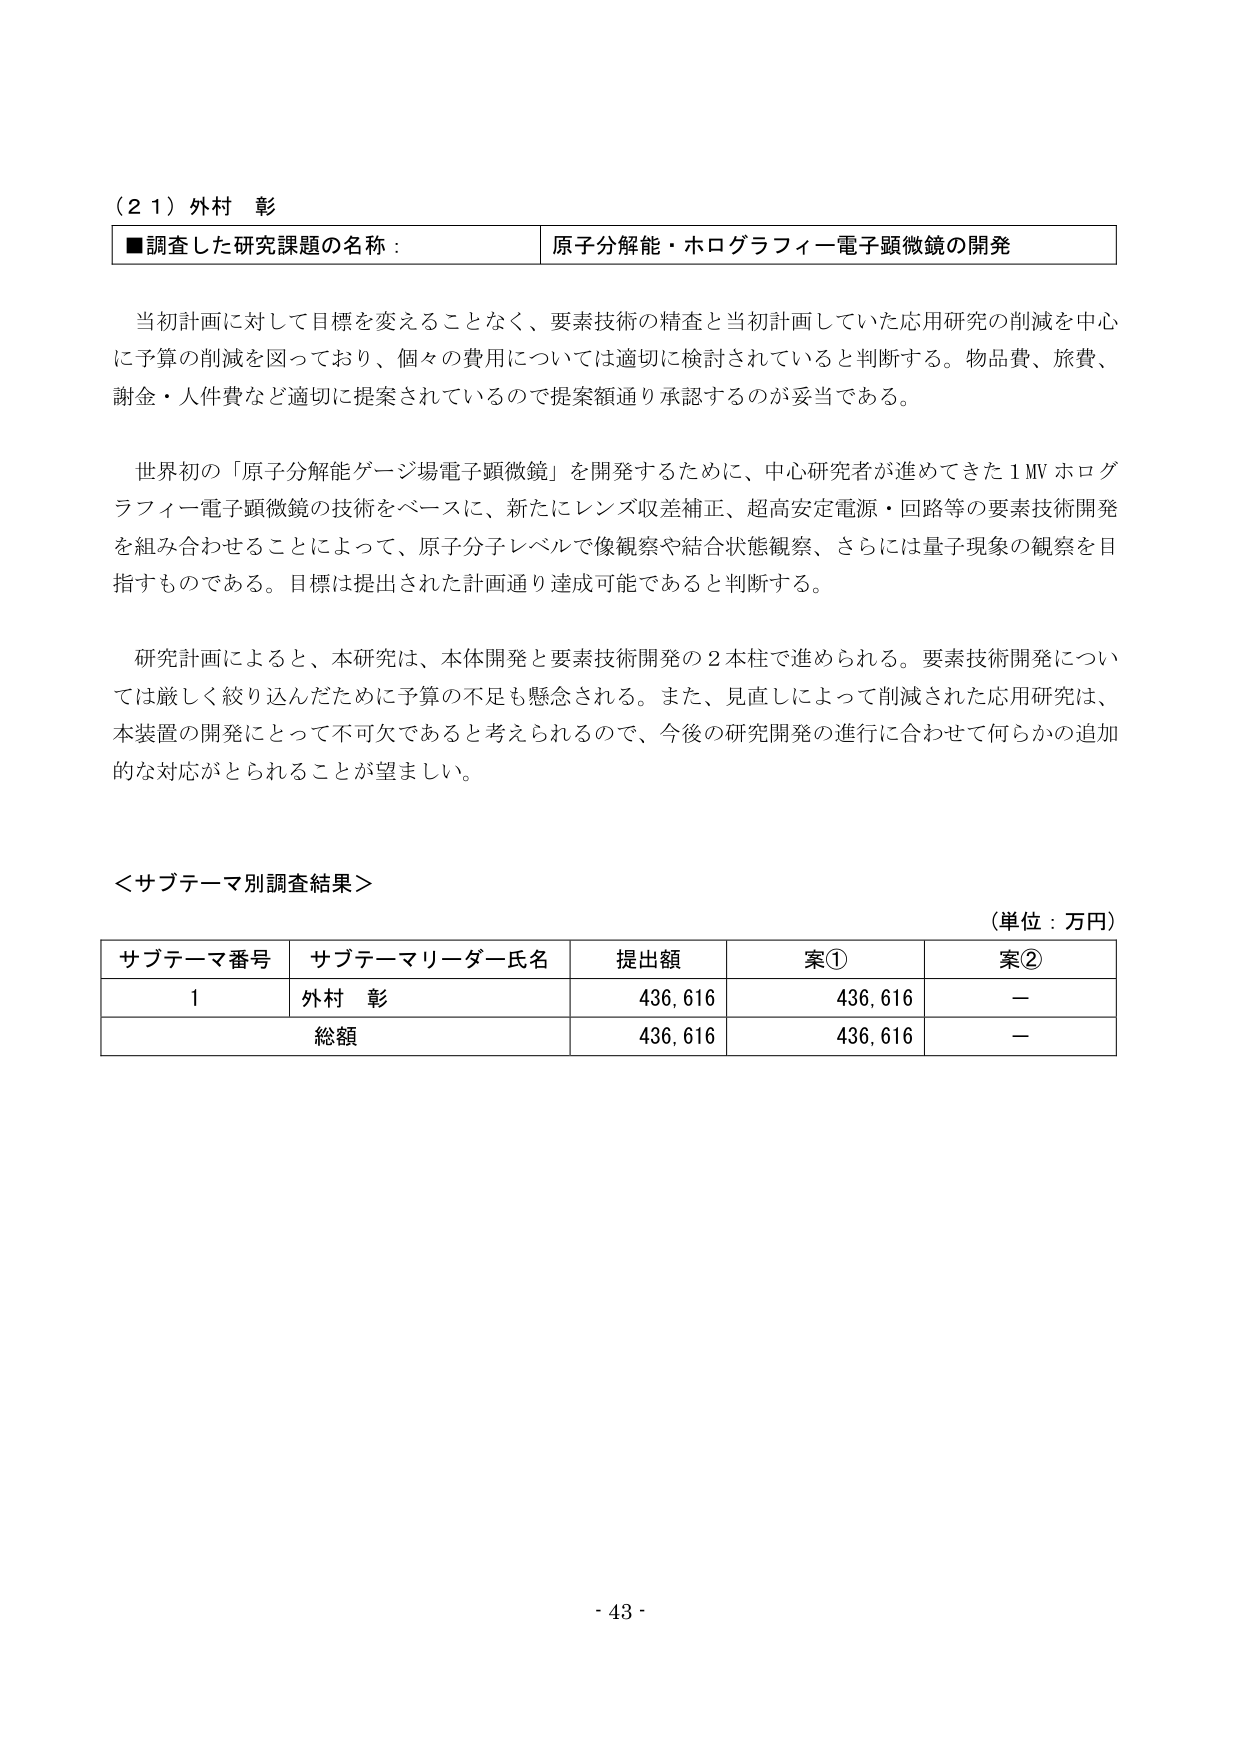
（２１）外村 彰
■調査した研究課題の名称： 原子分解能・ホログラフィー電子顕微鏡の開発

当初計画に対して目標を変えることなく、要素技術の精査と当初計画していた応用研究の削減を中心に予算の削減を図っており、個々の費用については適切に検討されていると判断する。物品費、旅費、謝金・人件費など適切に提案されているので提案額通り承認するのが妥当である。

世界初の「原子分解能ゲージ場電子顕微鏡」を開発するために、中心研究者が進めてきた１MV ホログラフィー電子顕微鏡の技術をベースに、新たにレンズ収差補正、超高安定電源・回路等の要素技術開発を組み合わせることによって、原子分子レベルで像観察や結合状態観察、さらには量子現象の観察を目指すものである。目標は提出された計画通り達成可能であると判断する。

研究計画によると、本研究は、本体開発と要素技術開発の２本柱で進められる。要素技術開発については厳しく絞り込んだために予算の不足も懸念される。また、見直しによって削減された応用研究は、本装置の開発にとって不可欠であると考えられるので、今後の研究開発の進行に合わせて何らかの追加的な対応がとられることが望ましい。

＜サブテーマ別調査結果＞
（単位：万円）

| サブテーマ番号 | サブテーマリーダー氏名 | 提出額 | 案① | 案② |
|----------------|------------------------|--------|------|------|
| 1              | 外村 彰                | 436,616 | 436,616 | —   |
| 総額           |                        | 436,616 | 436,616 | —   |

- 43 -